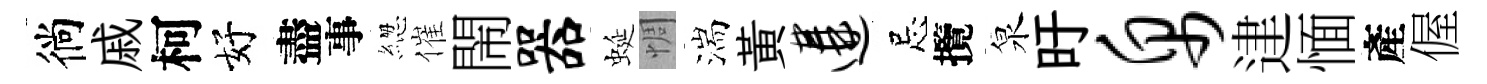
徜戚柯好盡事緫催閙器蜒惆湍黃遘忌攬泉旴帛䢖愐產偓